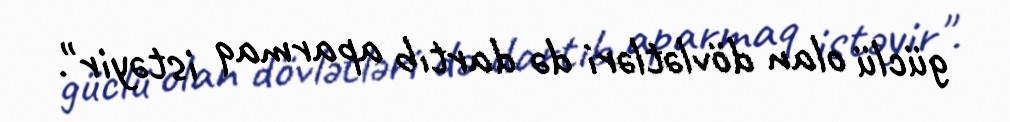
güclü olan dövlətləri də dartıb aparmaq istəyir".